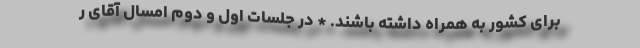
برای کشور به همراه داشته باشند. * در جلسات اول و دوم امسال آقای ر